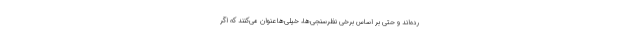
رده‌اند و حتی بر اساس برخی نظرسنجی‌ها، خیلی‌ها عنوان می‌کنند که اگر